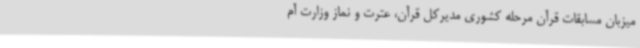
میزبان مسابقات قرآن مرحله کشوری مدیرکل قرآن، عترت و نماز وزارت آم